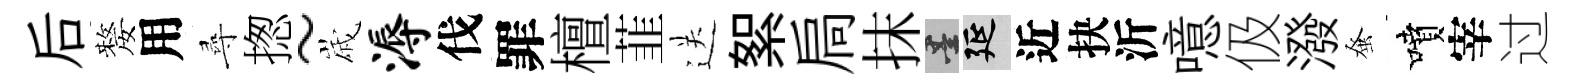
后嫠用尋揔~𡻕溽伐罪檀韮送絮扃抹墨延近抉沂噫伋潑𫊫噴宰过